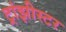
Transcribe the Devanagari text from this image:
ट्रांझीस्टर